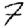
Digit: 7